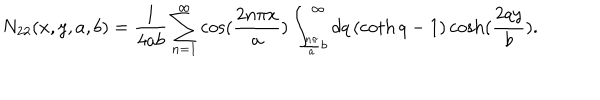
LaTeX: N _ { 2 2 } ( x , y , a , b ) = \frac { 1 } { 4 a b } \sum _ { n = 1 } ^ { \infty } \cos ( \frac { 2 n \pi x } { a } ) \int _ { \frac { n \pi } { a } b } ^ { \infty } d q \left( \coth q - 1 \right) \cosh ( \frac { 2 q y } { b } ) .